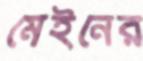
মেইনের